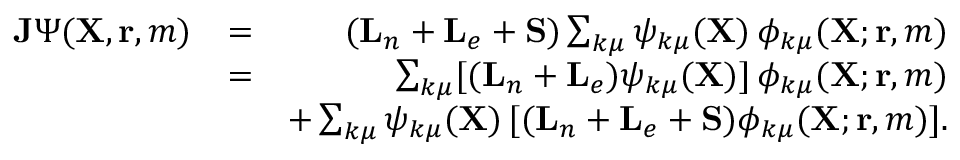
\begin{array} { r l r } { { \mathbf { J } } \Psi ( { \mathbf { X } } , { \mathbf { r } } , m ) } & { = } & { ( { \mathbf { L } } _ { n } + { \mathbf { L } } _ { e } + { \mathbf { S } } ) \sum _ { k \mu } \psi _ { k \mu } ( { \mathbf { X } } ) \, \phi _ { k \mu } ( { \mathbf { X } } ; { \mathbf { r } } , m ) } \\ & { = } & { \sum _ { k \mu } [ ( { \mathbf { L } } _ { n } + { \mathbf { L } } _ { e } ) \psi _ { k \mu } ( { \mathbf { X } } ) ] \, \phi _ { k \mu } ( { \mathbf { X } } ; { \mathbf { r } } , m ) } \\ & { } & { + \sum _ { k \mu } \psi _ { k \mu } ( { \mathbf { X } } ) \, [ ( { \mathbf { L } } _ { n } + { \mathbf { L } } _ { e } + { \mathbf { S } } ) \phi _ { k \mu } ( { \mathbf { X } } ; { \mathbf { r } } , m ) ] . } \end{array}